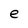
Character: e